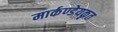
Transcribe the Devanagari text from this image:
मार्कण्डेयकृत